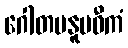
ဂေါတမနူပဓီကံ